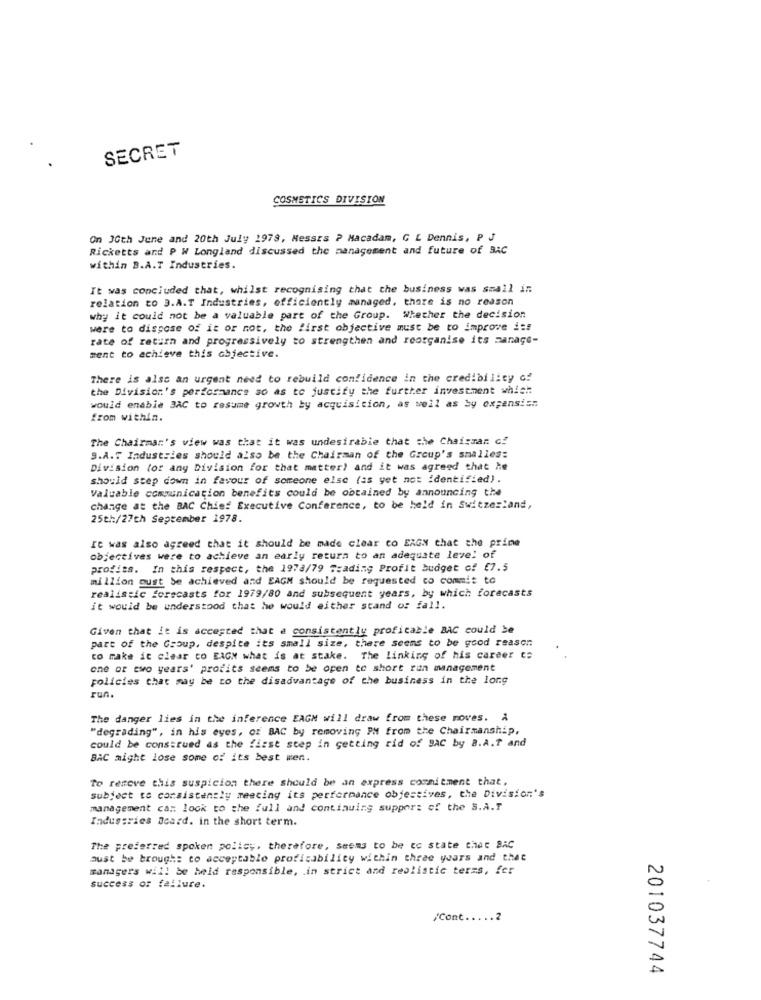
SECRET
COSMETICS DIVISION
On 30th June and 20th July 1978, Messrs ? Macadam, C L Dennis, P J
Ricketts and P W Longland discussed the management and future of BAC
within B.A.T Industries.
It was concluded that, whilst recognising that the business was small in
relation to 3.A.T Industries, efficiently managed, there is no reason
why it could not be a valuable part of the Group. Whether the decision
were to dispose of it or not, the first objective must be to improve i :!
rate of return and progressively to strengthen and reorganise its manage-
ment to achieve this objective.
There is also an urgent need to rebuild confidence in the credibility of
the Division's performance so as to justify the further investment which
would enable BAC to resume growth by acquisition, as well as by expansis.
from within.
The Chairman's view was that it was undesirable that the Chairman of
9.A.T Industries should also be the Chairman of the Group's smalles:
Division (or any Division for that matter) and it was agreed that he
should step down in favour of someone else (as yet not identified).
Valuable communication benefits could be obtained by announcing the
change at the BAC Chief Executive Conference, to be held in Switzerland,
25th/27th September 1978.
It was also agreed that it should be made clear co ERGN that the prine
objectives were to achieve an early return to an adequate level of
profits. In this respect, the 1978/79 Trading Profit budget of £7.5
million must be achieved and EAGM should be requested to commit to
realistic forecasts for 1979/80 and subsequent years, by which forecasts
it would be understood that he would either stand oz fall.
Given that it is accepted that a consistently profitable BAC could be
part of the Group, despite its small size, there seems to be good reason
to make it clear to EAGM what is at stake. The linking of his career to
one or two years' profits seems to be open to short run management
policies that may be to the disadvantage of the business in the long
run.
The danger lies in the inference EAGM will draw from these moves. A
"degrading", in his eyes, or BAC by removing PH from the Chairmanship,
could be construed as the first step in getting rid of SAC by a.A.T and
BAC might lose some of its best wen.
To remove this suspicion there should be an express commitment that,
subject to consistently meeting its performance objectives, the Division's
management ca: look to the full and continuing support of the S.A.T
Industries Board. in the short term.
The preferred spoken policy, therefore, seems to be co state that BAC
aust be brought to acceptable proficability within three years and that
managers will be held responsible, in strict and realistic terms, fer
success of failure.
/Cont ..... 2
201037744